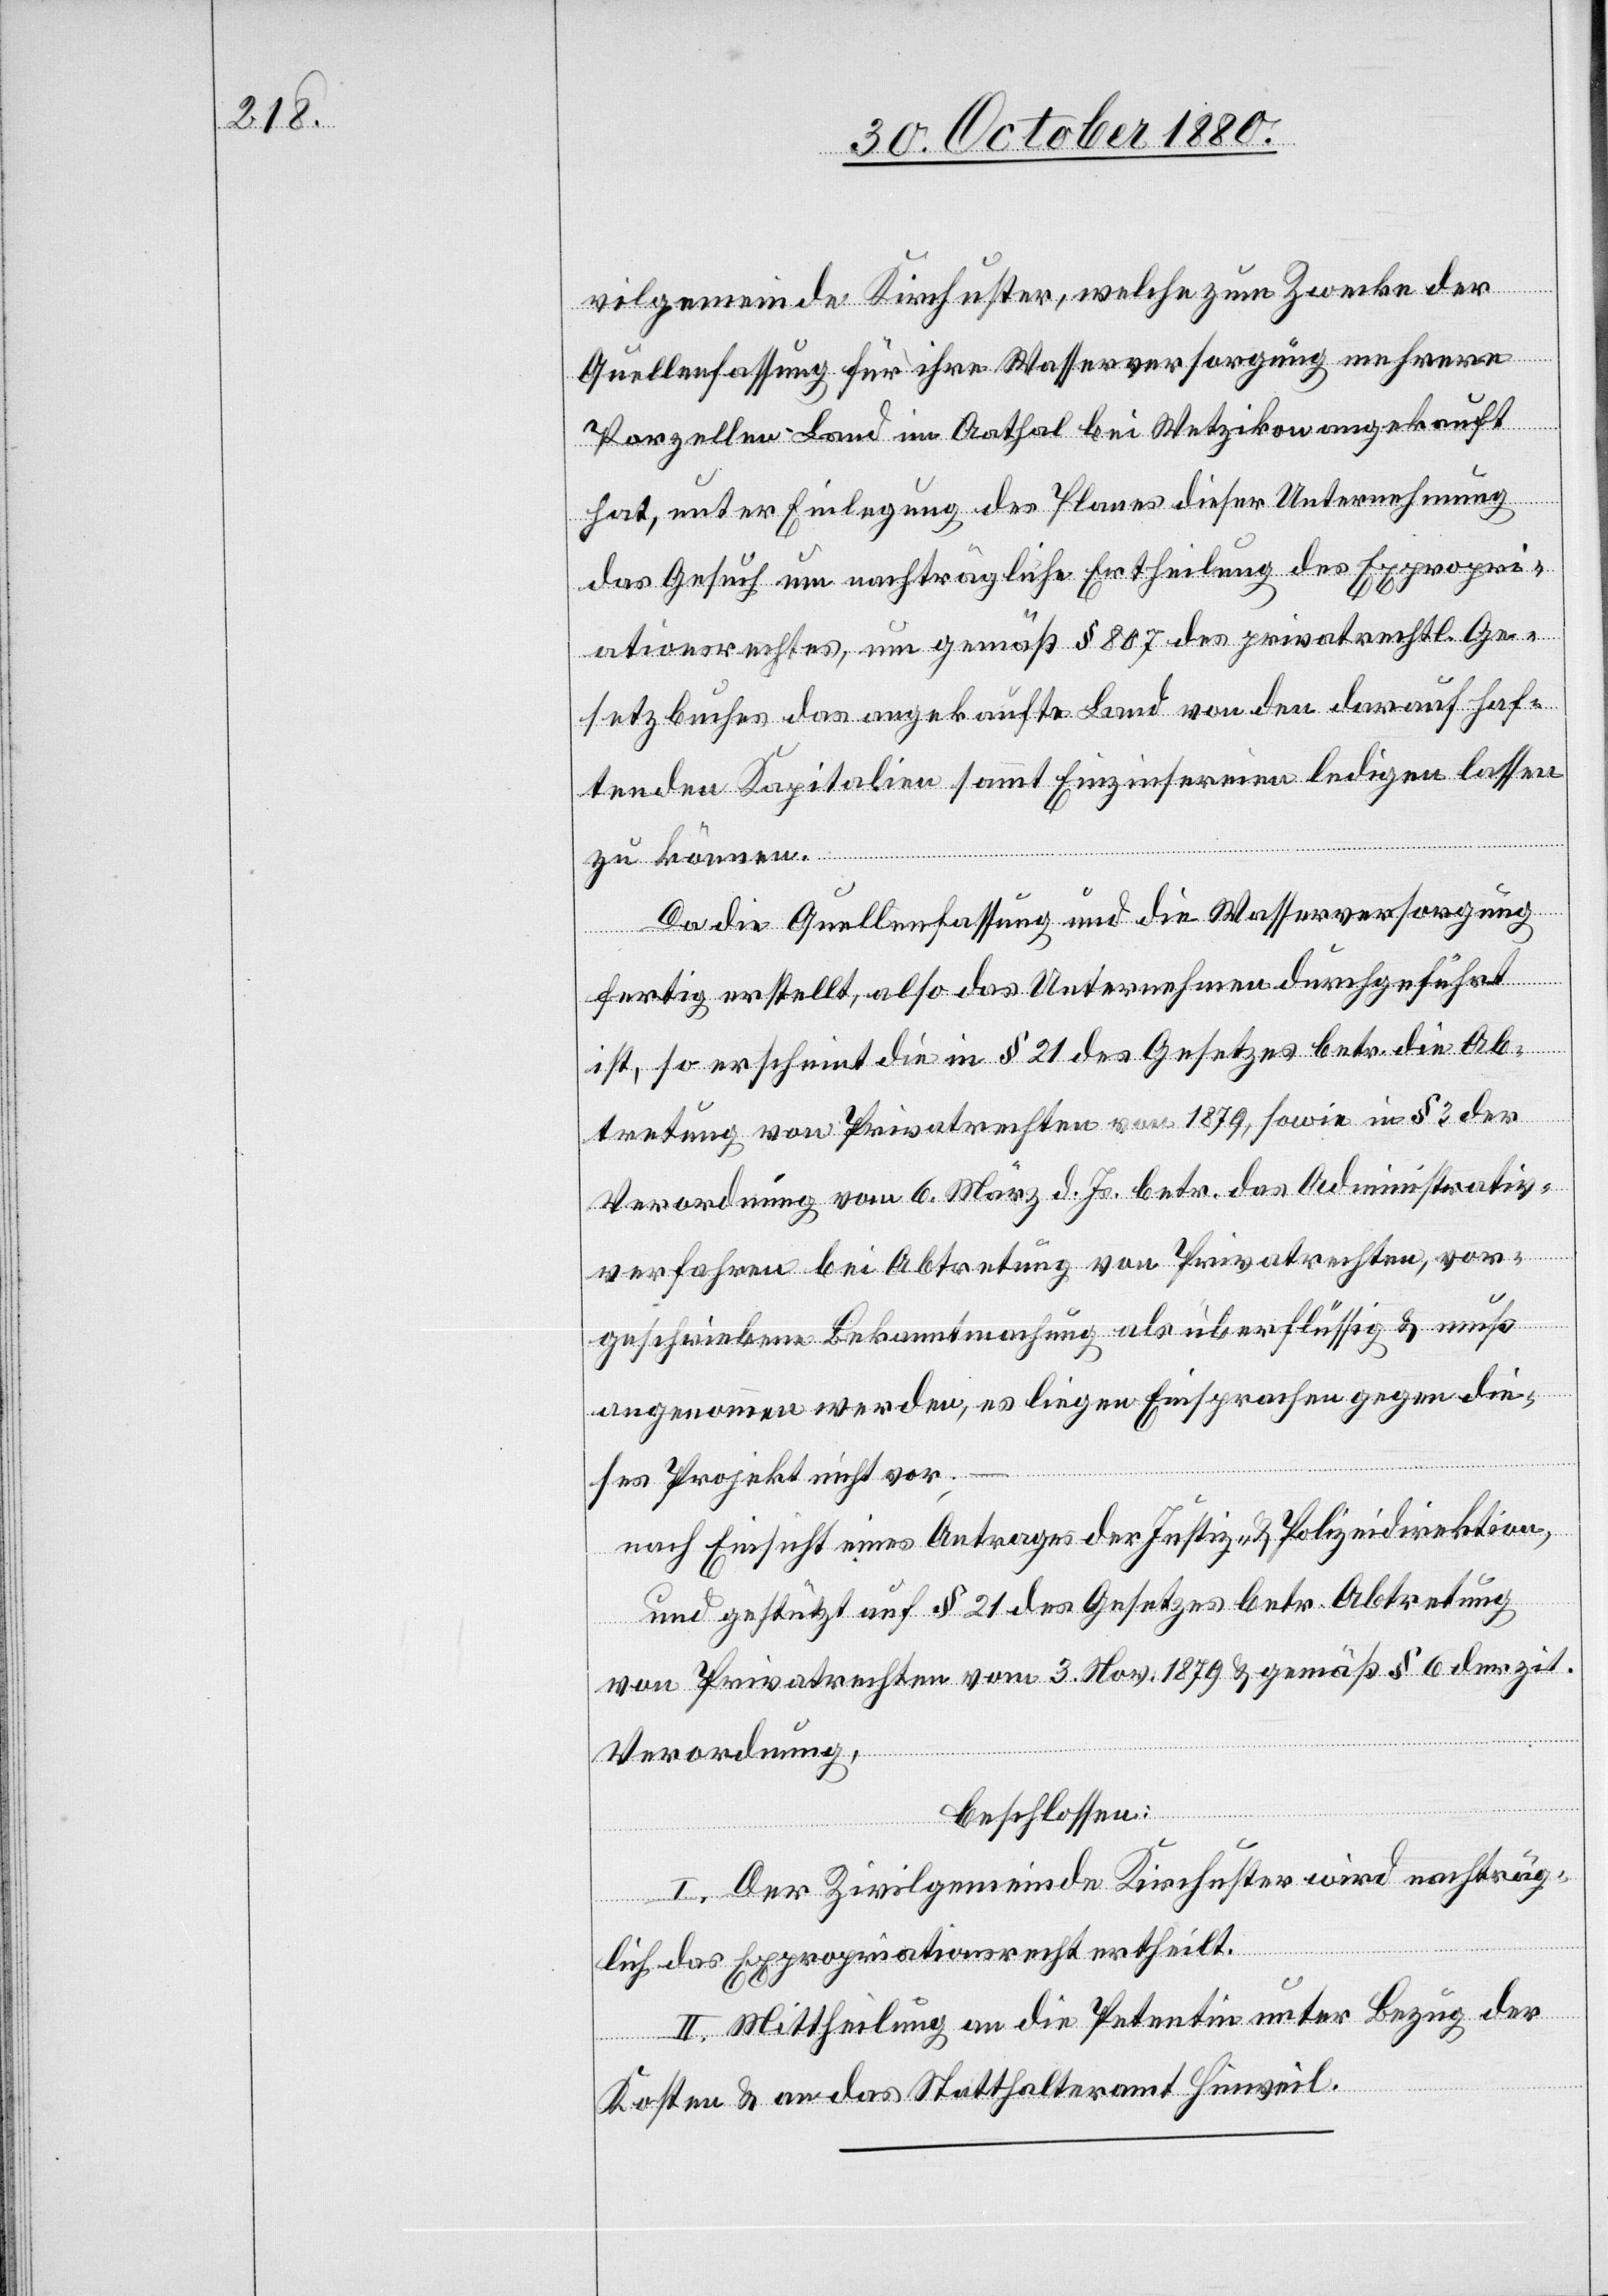
vilgemeinde Kirchuster, welche zum Zwecke der
Quellenfassung für ihre Wasserversorgung mehrere
Parzellen Land im Aathal bei Wetzikon angekauft
hat, unter Einlegung des Planes dieser Unternehmung
das Gesuch um nachträgliche Ertheilung des Expropri¬
ationsrechtes, um gemäß § 807 des privatrechtl. Ge¬
setzbuches das angekaufte Land von den darauf haf¬
tenden Kapitalien sammt Einzinsereien ledigen lassen
zu können.
Da die Quellenfassung und die Wasserversorgung
fertig erstellt, also das Unternehmen durchgeführt
ist, so erscheint die in § 21 des Gesetzes betr. die Ab¬
tretung von Privatrechten von 1879, sowie in § 3 der
Verordnung von 6. März d. Js. betr. das Administrativ¬
verfahren bei Abtretung von Privatrechten, vor¬
geschriebene Bekanntmachung als überflüssig & muß
angenommen werden, es liegen Einsprachen gegen die¬
ses Projekt nicht vor;
nach Einsicht eines Antrages der Justiz- & Polizeidirektion,
und gestützt auf § 21 des Gesetzes betr. Abtretung
von Privatrechten vom 3. Nov. 1879 & gemäß § 6 der zit.
Verordnung,
beschlossen:
I. Der Zivilgemeinde Kirchuster wird nachträg¬
lich das Expropriationsrecht ertheilt.
II. Mittheilung an die Petentin unter Bezug der
Kosten & an das Statthalteramt Hinweil.